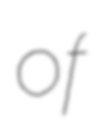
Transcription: of